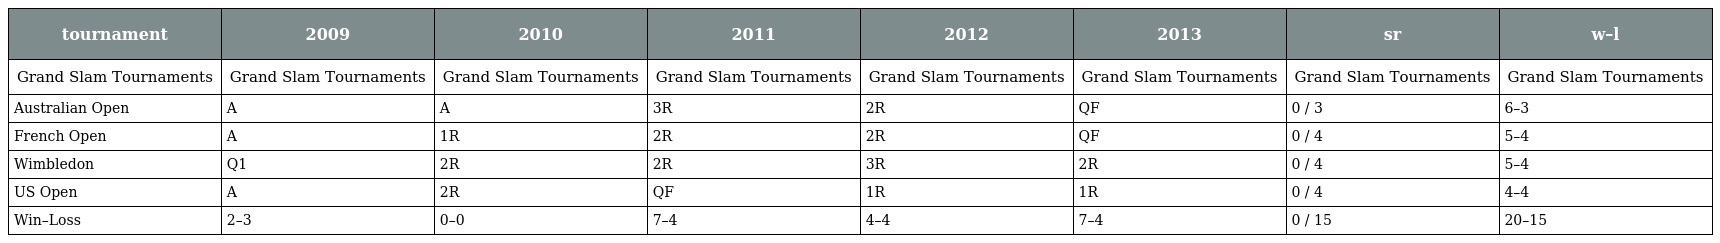
| tournament | 2009 | 2010 | 2011 | 2012 | 2013 | sr | w–l |
 | --- | --- | --- | --- | --- | --- | --- | --- |
 | Grand Slam Tournaments | Grand Slam Tournaments | Grand Slam Tournaments | Grand Slam Tournaments | Grand Slam Tournaments | Grand Slam Tournaments | Grand Slam Tournaments | Grand Slam Tournaments |
 | Australian Open | A | A | 3R | 2R | QF | 0 / 3 | 6–3 |
 | French Open | A | 1R | 2R | 2R | QF | 0 / 4 | 5–4 |
 | Wimbledon | Q1 | 2R | 2R | 3R | 2R | 0 / 4 | 5–4 |
 | US Open | A | 2R | QF | 1R | 1R | 0 / 4 | 4–4 |
 | Win–Loss | 2–3 | 0–0 | 7–4 | 4–4 | 7–4 | 0 / 15 | 20–15 |